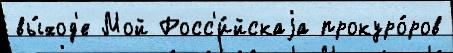
вы́ход'е Мой Росс'и́йскаjа прокуро́ров